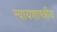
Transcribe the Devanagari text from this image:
न्यायशाष्त्रीय